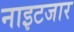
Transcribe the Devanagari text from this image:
नाइटजार